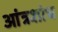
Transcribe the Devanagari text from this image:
आंत्रशोध